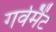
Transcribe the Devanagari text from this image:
गर्वमैंट